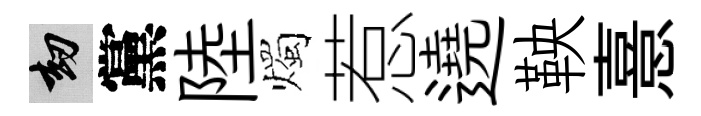
劫黨陸燭惹遶鞅憙